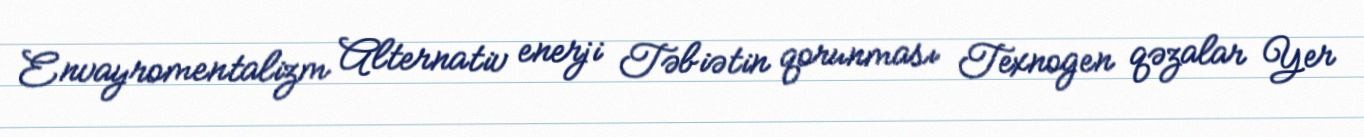
Envayromentalizm Alternativ enerji Təbiətin qorunması Texnogen qəzalar Yer